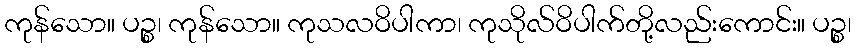
ကုန်သော။ ပဉ္စ၊ ကုန်သော။ ကုသလဝိပါကာ၊ ကုသိုလ်ဝိပါက်တို့လည်းကောင်း။ ပဉ္စ၊